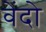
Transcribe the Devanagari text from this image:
वेंदो